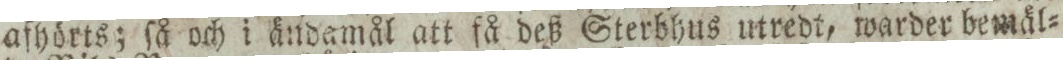
afhörts; ſå och i ändamål att få deß Sterbhus utredt, warder bemäl=